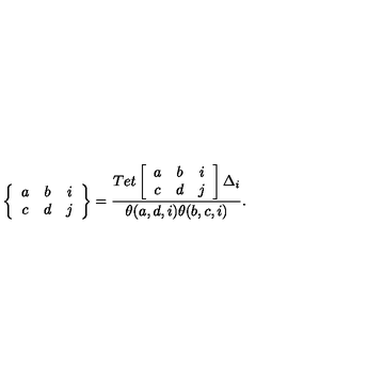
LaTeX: \left\{ \begin{array} { c c c } { a } & { b } & { i } \\ { c } & { d } & { j } \\ \end{array} \right\} = \frac { T e t \left[ \begin{array} { c c c } { a } & { b } & { i } \\ { c } & { d } & { j } \\ \end{array} \right] \Delta _ { i } } { \theta ( a , d , i ) \theta ( b , c , i ) } .